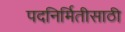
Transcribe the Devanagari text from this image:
पदनिर्मितीसाठी